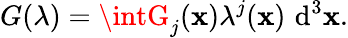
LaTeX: G(\lambda)=\intG_{j}(\mathbf{x})\lambda^{j}(\mathbf{x})\, \operatorname{d}^{3}\! \mathbf{x}.